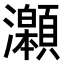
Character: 𤅆